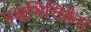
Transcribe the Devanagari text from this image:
पश्चभित्तिकेत